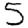
Digit: 5